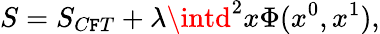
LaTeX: S=S_{C\mathtt{F}T}+\lambda\intd^{2}x\Phi(x^{0},x^{1}),